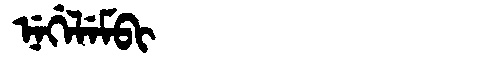
Manchu: ᠨᡝᡤᡝᠯᡝᠮᠪᡳ
Romanization: NEGELEMBI